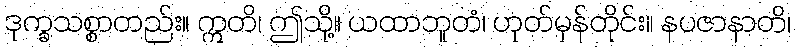
ဒုက္ခသစ္စာတည်း။ ဣတိ၊ ဤသို့။ ယထာဘူတံ၊ ဟုတ်မှန်တိုင်း။ နပဇာနာတိ၊